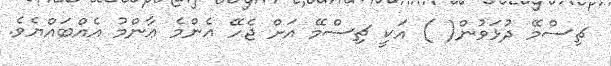
ޗިސްމޭ ދުޅަވުން( ) އަކީ ޗިސްމޭ އަށް ޖެހޭ އެންމެ ޢާންމު އެއްބައްޔެވެ.